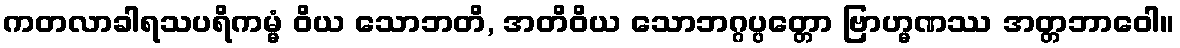
ကတလာခါရသပရိကမ္မံ ဝိယ သောဘတိ, အတိဝိယ သောဘဂ္ဂပ္ပတ္တော ဗြာဟ္မဏဿ အတ္တဘာဝေါ။